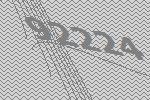
92224